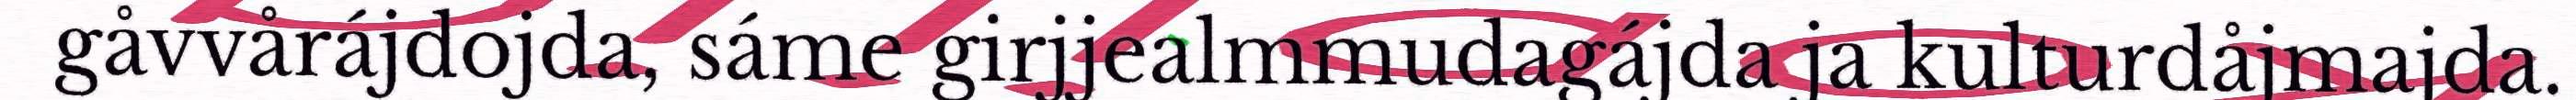
gåvvårájdojda, sáme girjjealmmudagájda ja kulturdåjmajda.